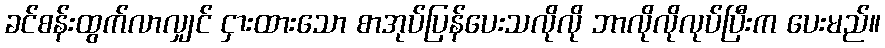
ခင်စန်းထွက်လာလျှင် ငှားထားသော စာအုပ်ပြန်ပေးသလိုလို ဘာလိုလိုလုပ်ပြီးက ပေးမည်။